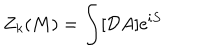
LaTeX: Z _ { k } ( M ) = \int [ { \cal D } A ] \mathrm { e } ^ { i S }